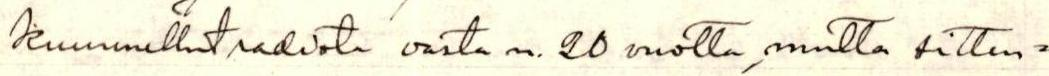
kuunnellut radiota vasta n. 20 vuotta, mutta sitten=